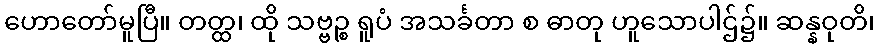
ဟောတော်မူပြီ။ တတ္ထ၊ ထို သဗ္ဗဉ္စ ရူပံ အသင်္ခတာ စ ဓာတု ဟူသောပါဌ်၌။ ဆန္နဝုတိ၊